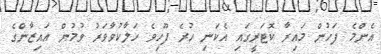
އެންމެ ފަހުން މައިރާ ކޮޓަރީގައި އެކަނި ހުރެ ފޫހިވެ ހަލާކުވާވަރު ވުމުން އައިޒާންގެ